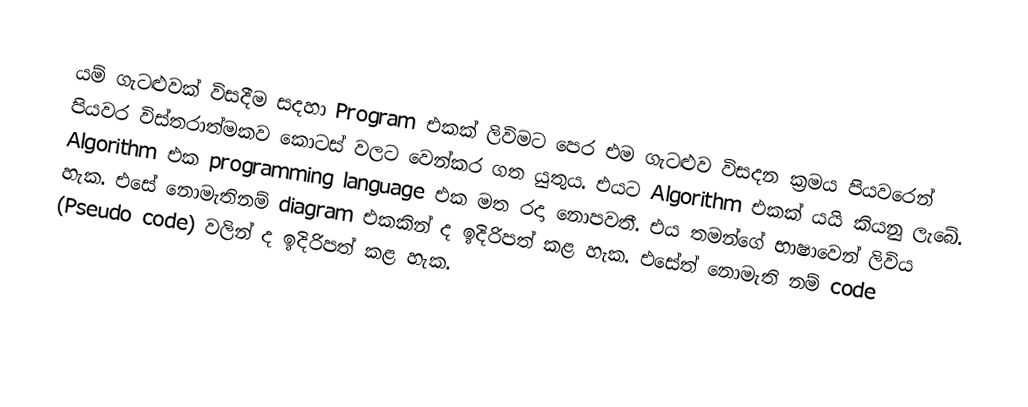
යම් ගැටළුවක් විසදීම සදහා Program එකක් ලිවිමට පෙර එම ගැටළුව  විසදන ක්‍රමය පියවරෙන් පියවර විස්තරාත්මකව  කොටස් වලට වෙන්කර ගත යුතුය. එයට Algorithm එකක් යයි කියනු ලැබේ. Algorithm  එක programming language එක මත රදා නොපවතී. එය තමන්ගේ භාෂාවෙන් ලිවිය හැක. එසේ නොමැතිනම් diagram එකකින් ද ඉදිරිපත් කළ හැක. එසේත් නොමැති නම් code (Pseudo code) වලින් ද ඉදිරිපත් කළ හැක.